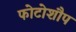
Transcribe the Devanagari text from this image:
फोटोशौप